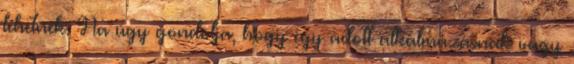
lehetnek. Ha úgy gondolja, hogy egy adott alkalmazásnak vagy